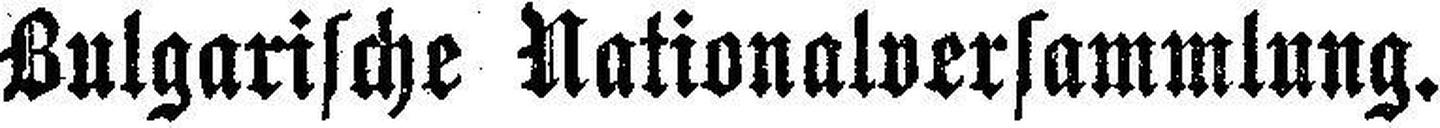
Bulgarische Nationalversammlung.